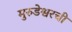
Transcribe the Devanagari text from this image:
मुरुडेश्वरची